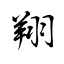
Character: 翔